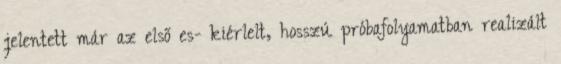
jelentett már az első es- kiérlelt, hosszú próbafolyamatban realizált